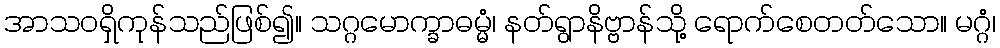
အာသဝရှိကုန်သည်ဖြစ်၍။ သဂ္ဂမောက္ခာဓမ္မံ၊ နတ်ရွာနိဗ္ဗာန်သို့ ရောက်စေတတ်သော။ မဂ္ဂံ၊